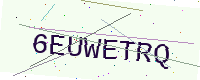
Text: 6EUWETRQ